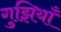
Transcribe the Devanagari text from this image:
गुझियाँ